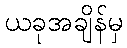
ယခုအချိန်မှ